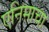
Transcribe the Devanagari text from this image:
एनिमाचा